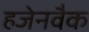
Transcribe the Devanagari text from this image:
हजेनवैक